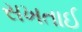
સખતાઈ